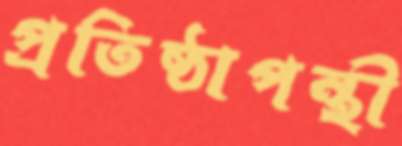
প্রতিষ্ঠাপন্থী